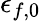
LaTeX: \epsilon_{f,0}